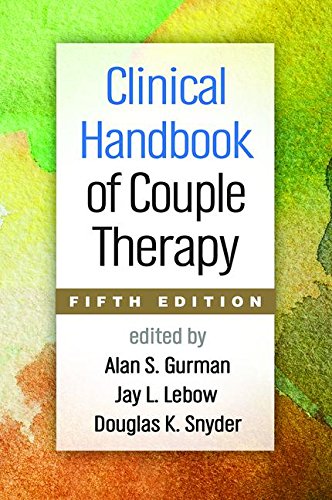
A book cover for Clinical Handbook of Couple Therapy, Fifth Edition; Medical Books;